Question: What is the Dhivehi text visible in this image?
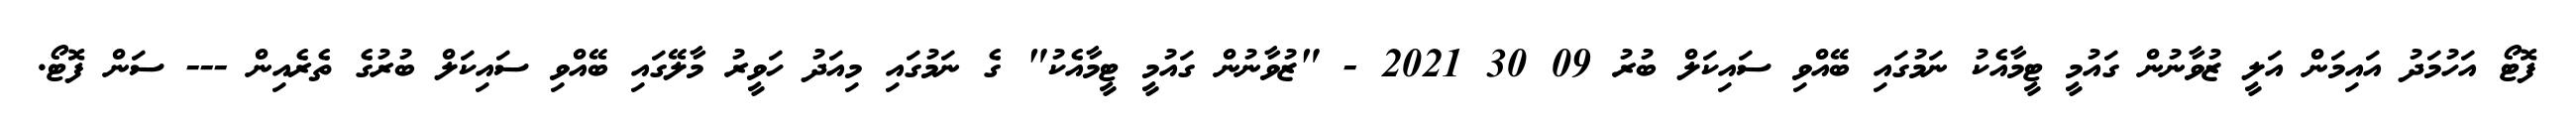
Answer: ފޮޓޯ އަހުމަދު އައިމަން އަލީ ޒުވާނުން ގައުމީ ޓީމާއެކު ނަމުގައި ބޭއްވި ސައިކަލް ބުރު 09 30 2021 - "ޒުވާނުން ގައުމީ ޓީމާއެކު" ގެ ނަމުގައި މިއަދު ހަވީރު މާލޭގައި ބޭއްވި ސައިކަލް ބުރުގެ ތެރެއިން --- ސަން ފޮޓޯ.